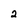
Character: 2